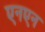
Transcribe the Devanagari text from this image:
एनएन